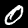
Digit: 0